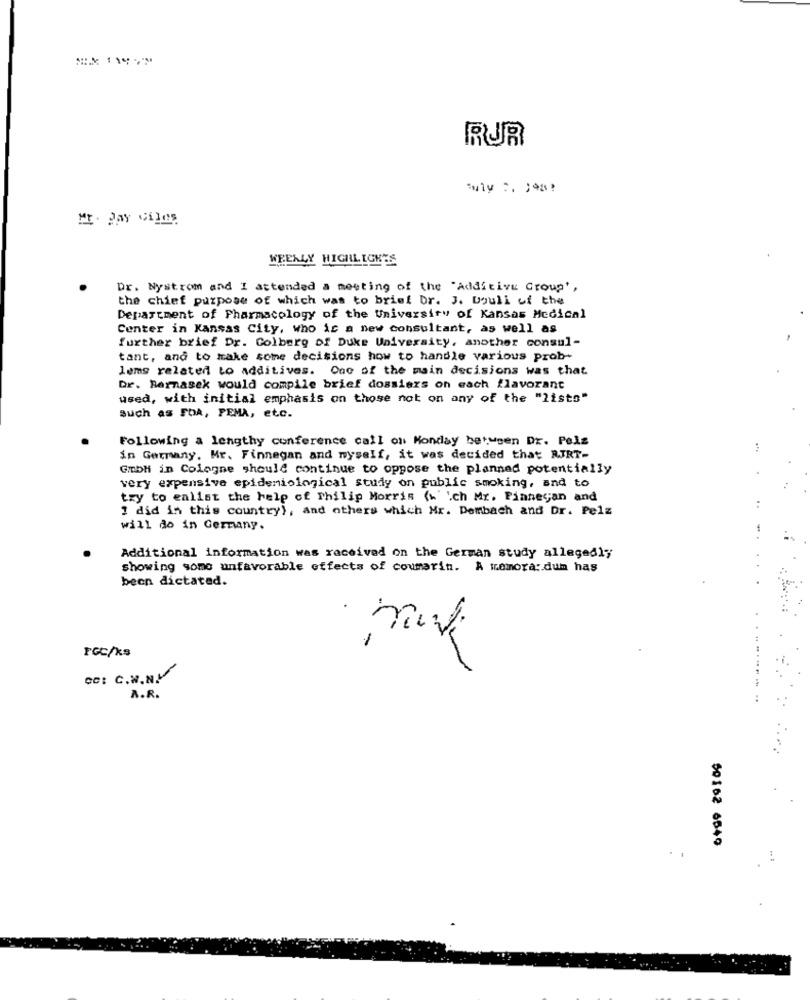
RUR
WEEKLY HIGHLIGHTS
Dr. Nystrom and I attended a meeting of the "Additive Group',
the chief purpose of which was to brief Dr. J. Doull of the
Department of Pharmacology of the University of Kansas Medical
Center in Kansas City, who is a new consultant, as well as
further brief Dr. Golberg of Duke University, another consul-
tant, and to make some decisions how to handle various prob-
lams related to additives. One of the main decisions was that
Dr. Bernasek would compile brief dossiers on each flavorant
used, with initial emphasis on those not on any of the "lists"
such as FDA, PEMA, etc.
Following a lengthy conference call on Monday between Dr. Pelz
in Germany, Mr. Finnegan and myself, it was decided that RJRT-
Gmbh in Cologne should continue to oppose the planned potentially
very expensive epidemiological study on public smoking, and to
try to ealist the help of Philip Morris (w' Ich Mr. Finnegan and
I did in this country}, and others which Mr. Dembach and Dr. Pelz
will do in Germany.
Additional information was received on the German study allegedly
showing some unfavorable effects of coumarin. A memorandum has
been dictated.
.
1
PGC/ks
CC: C.W.N.
A.R.
50162 6540